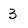
Character: 3